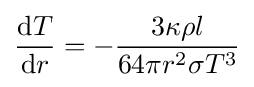
{{\mbox{d}}T \over {\mbox{d}}r}=-{3\kappa \rho l \over 64\pi r^{2}\sigma T^{3}}